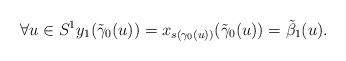
LaTeX: \begin{align*}\forall u\in S^1y_1(\tilde{\gamma}_0(u))=x_{s(\gamma_0(u))}(\tilde{\gamma}_0(u))=\tilde{\beta}_1(u).\end{align*}